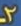
2